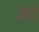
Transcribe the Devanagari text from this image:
मर्दें